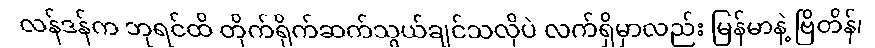
လန်ဒန်က ဘုရင်ထိ တိုက်ရိုက်ဆက်သွယ်ချင်သလိုပဲ လက်ရှိမှာလည်း မြန်မာနဲ့ ဗြိတိန်၊